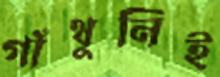
গাঁথুনিই